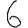
Digit: 6